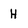
Character: H